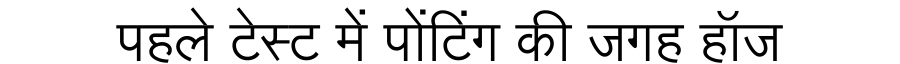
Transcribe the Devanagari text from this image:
पहले टेस्ट में पोंटिंग की जगह हॉज